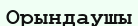
Орындаушы